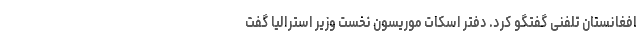
افغانستان تلفنی گفتگو کرد. دفتر اسکات موریسون نخست وزیر استرالیا گفت